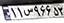
۱۱س۹۶۶۵۳